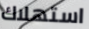
استهلاك